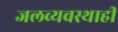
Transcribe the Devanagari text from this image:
जलव्यवस्थाही